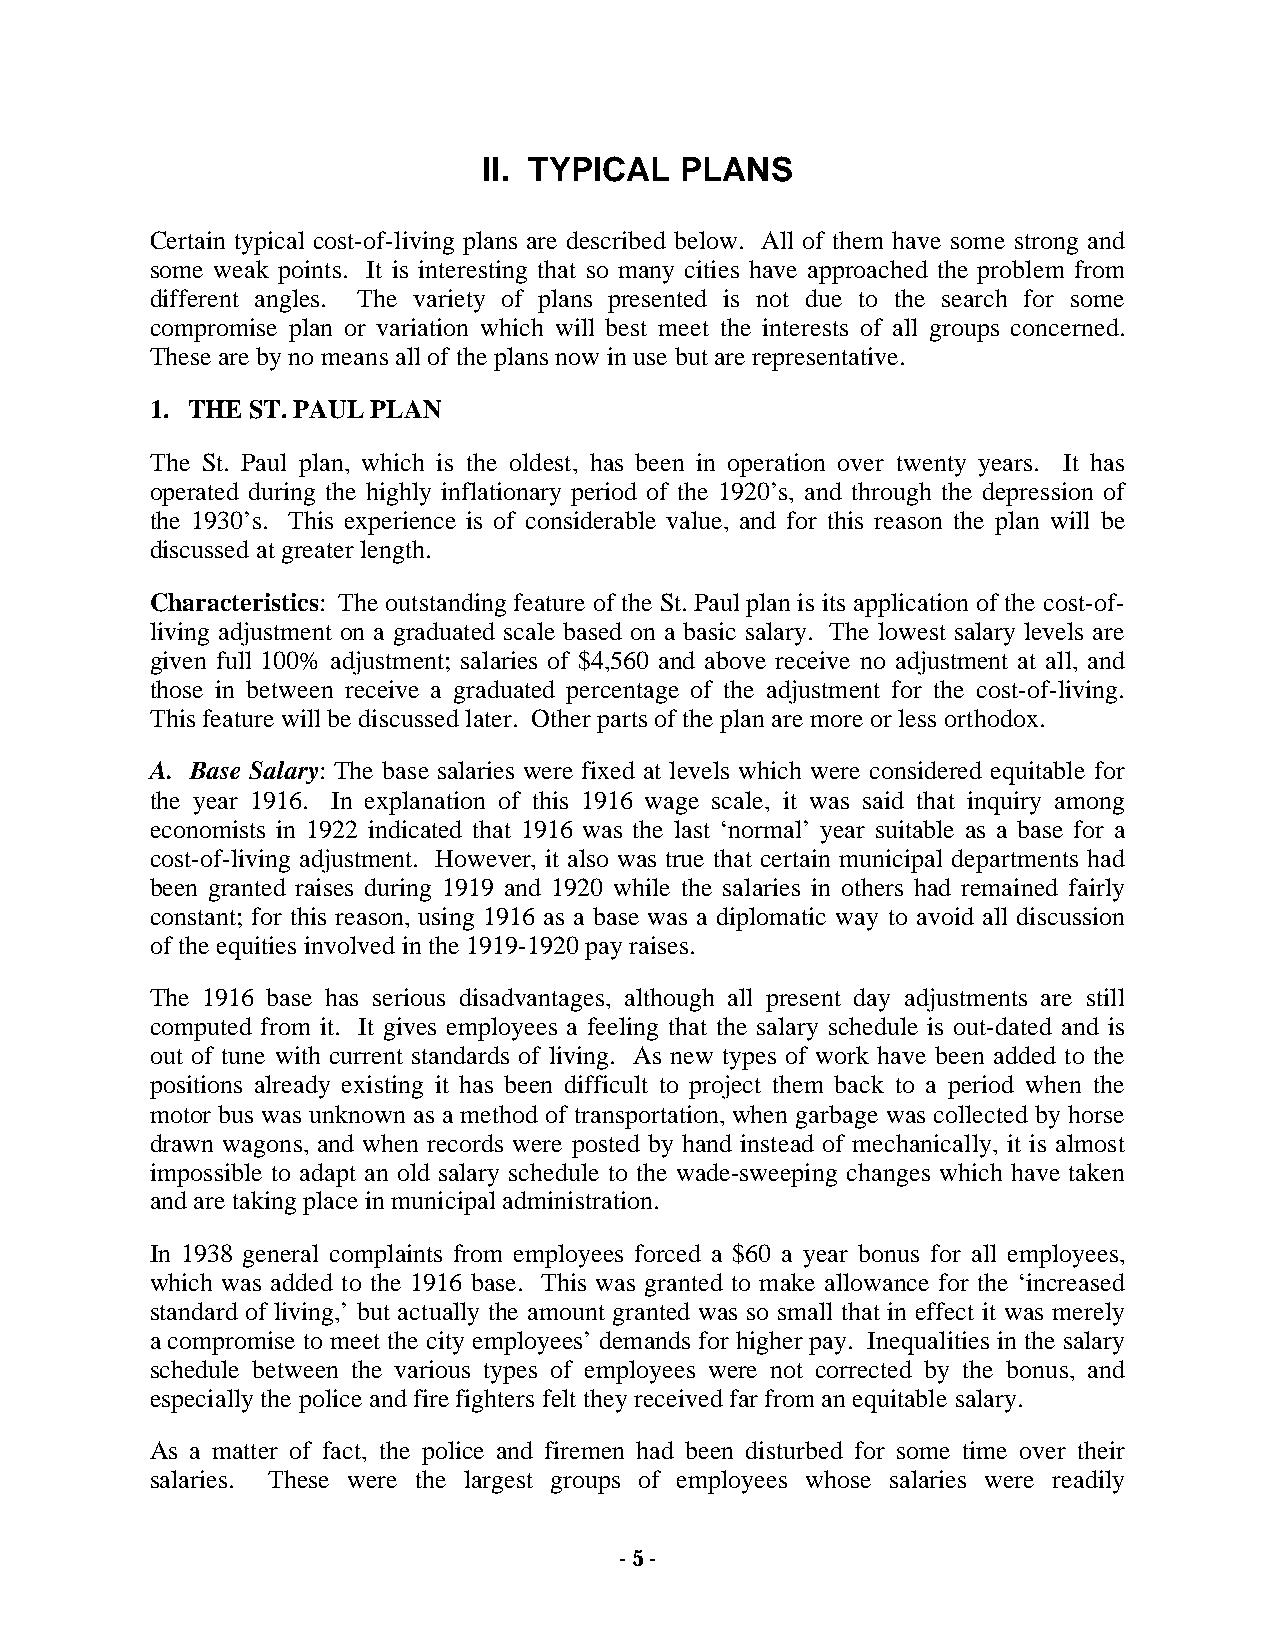
II. TYPICAL  PLANS
 Certain typical cost-of-living plans are described below. All of them have some strong and
 some weak points. It is interesting that so many cities have approached the problem from
 different angles. The variety of plans presented is not due to the search for some
 compromise plan or variation which will best meet the interests of all groups concerned.
 These are by no means all of the plans now in use but are representative.
 1. THE ST. PAUL PLAN
 The St. Paul plan, which is the oldest, has been in operation over twenty years. It has
 operated during the highly inflationary period of the 1920’s, and through the depression of
 the 1930’s. This experience is of considerable value, and for this reason the plan will be
 discussed at greater length.
 Characteristics: The outstanding feature of the St. Paul plan is its application of the cost-of-
 living adjustment on a graduated scale based on a basic salary. The lowest salary levels are
 given full 100% adjustment; salaries of $4,560 and above receive no adjustment at all, and
 those in between receive a graduated percentage of the adjustment for the cost-of-living.
 This feature will be discussed later. Other parts of the plan are more or less orthodox.
 A. Base Salary: The base salaries were fixed at levels which were considered equitable for
 the year 1916. In explanation of this 1916 wage scale, it was said that inquiry among
 economists in 1922 indicated that 1916 was the last ‘normal’ year suitable as a base for a
 cost-of-living adjustment. However, it also was true that certain municipal departments had
 been granted raises during 1919 and 1920 while the salaries in others had remained fairly
 constant; for this reason, using 1916 as a base was a diplomatic way to avoid all discussion
 of the equities involved in the 1919-1920 pay raises.
 The 1916 base has serious disadvantages, although all present day adjustments are still
 computed from it. It gives employees a feeling that the salary schedule is out-dated and is
 out of tune with current standards of living. As new types of work have been added to the
 positions already existing it has been difficult to project them back to a period when the
 motor bus was unknown as a method of transportation, when garbage was collected by horse
 drawn wagons, and when records were posted by hand instead of mechanically, it is almost
 impossible to adapt an old salary schedule to the wade-sweeping changes which have taken
 and are taking place in municipal administration.
 In 1938 general complaints from employees forced a $60 a year bonus for all employees,
 which was added to the 1916 base. This was granted to make allowance for the ‘increased
 standard of living,’ but actually the amount granted was so small that in effect it was merely
 a compromise to meet the city employees’ demands for higher pay. Inequalities in the salary
 schedule between the various types of employees were not corrected by the bonus, and
 especially the police and fire fighters felt they received far from an equitable salary.
 As a matter of fact, the police and firemen had been disturbed for some time over their
 salaries. These were the largest groups of employees whose salaries were readily
 - 5 -